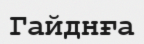
Гайднға